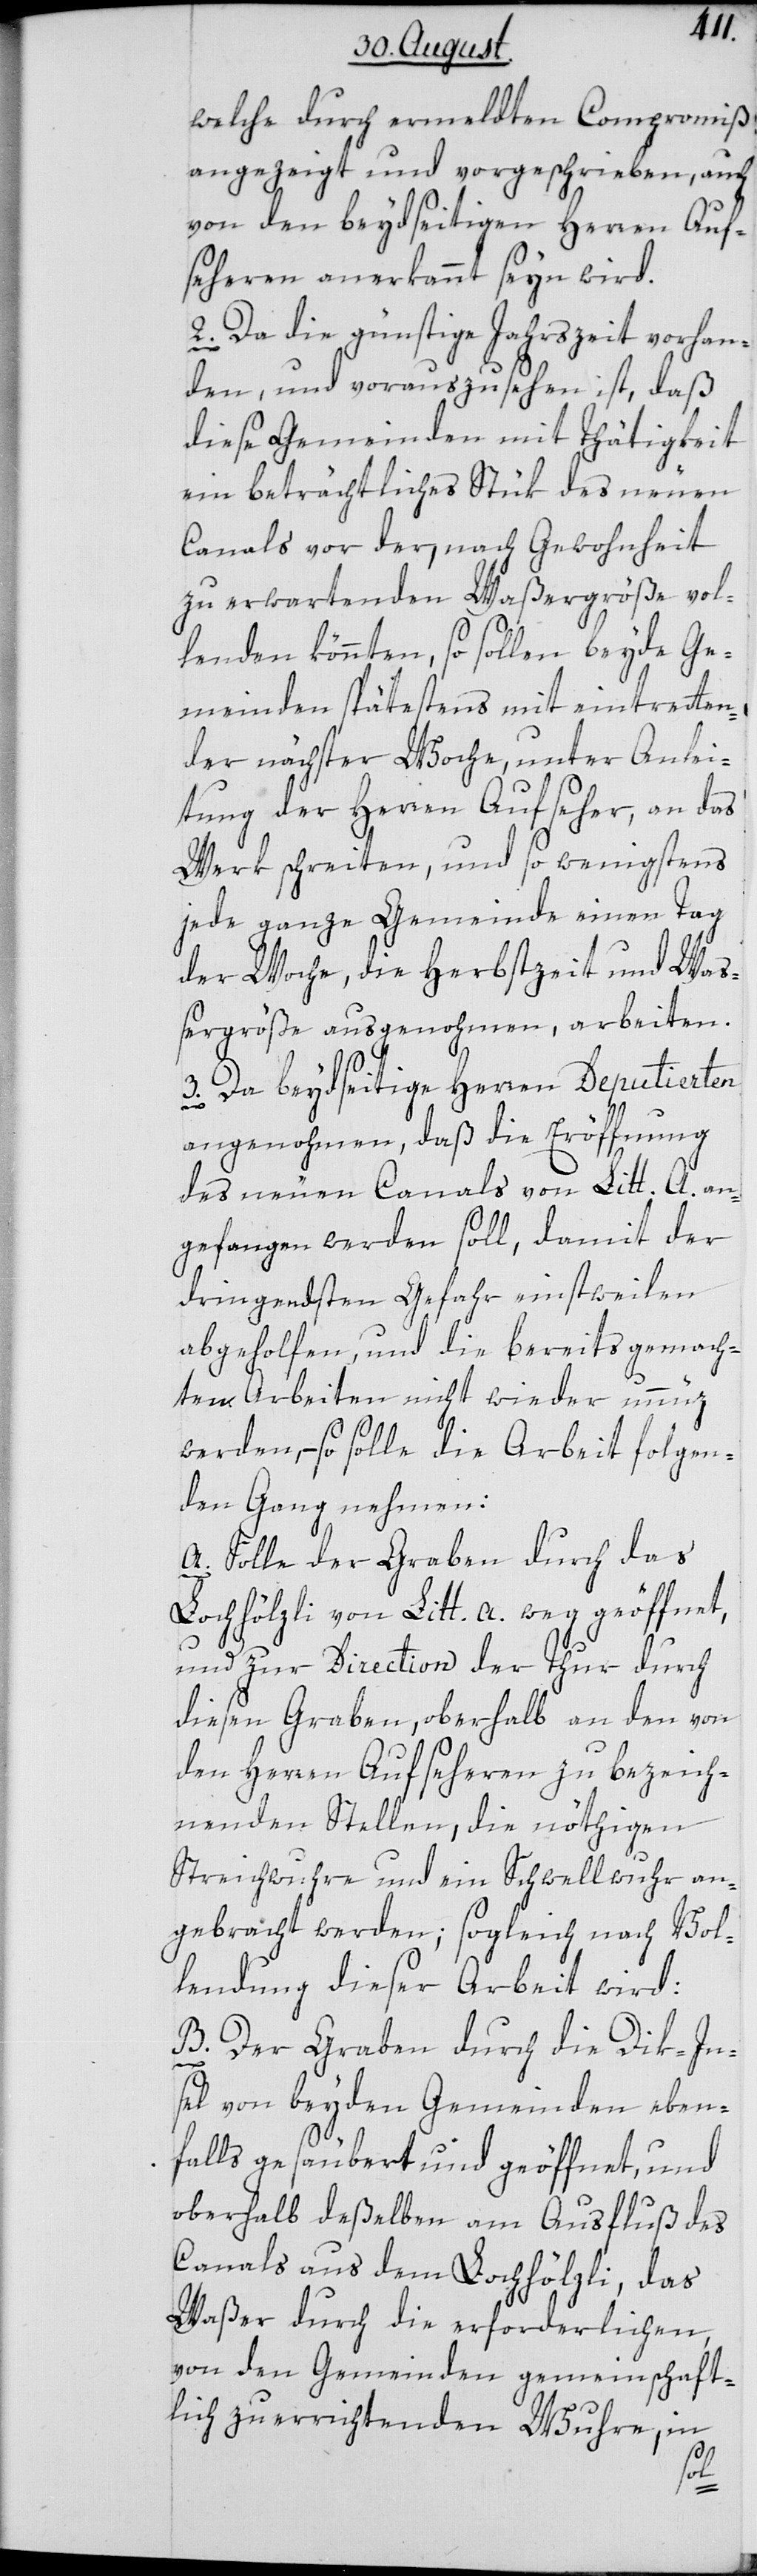
welche durch ermeldten Compromiß
angezeigt und vorgeschrieben, auch
von den beydseitigen Herren Auf¬
seheren anerkannt seyn wird.
2. Da die günstige Jahrszeit vorhan¬
den, und vorauszusehen ist, daß
diese Gemeinden mit Thätigkeit
ein beträchtliches Stück des neuen
Canals vor der, nach Gewohnheit
zu erwartenden Waßergröße vol¬
lenden könnten, so sollen beyde Ge¬
meinden spätestens mit eintretten¬
der nächster Woche, unter Anlei¬
tung der Herren Aufseher, an das
Werk schreiten, und so wenigstens
jede ganze Gemeinde einen Tag
der Woche, die Herbstzeit und Waß¬
ergröße ausgenohmen, arbeiten.
3. Da beydseitige Herren Deputierten
angenohmen, daß die Eröffnung
des neuen Canals von Litt. A. an¬
gefangen werden soll, damit der
dringendsten Gefahr einstweilen
abgeholfen, und die bereits gemach¬
ten Arbeiten nicht wieder unnüz
werden, – so solle die Arbeit folgen¬
den Gang nehmen:
A. Solle der Graben durch das
Lochhölzli von Litt. a. weg geöffnet,
und zur Direction der Thur durch
diesen Graben, oberhalb an den von
den Herren Aufseheren zu bezeich¬
nenden Stellen, die nöthigen
Streichwuhre und ein Schwellwuhr an¬
gebracht werden; sogleich nach Vol¬
lendung dieser Arbeit wird:
B. Der Graben durch die Dik-In¬
sel von beyden Gemeinden eben¬
falls gesäubert und geöffnet, und
oberhalb deßelben am Ausfluß des
Canals aus dem Lochhölzli, das
Waßer durch die erforderlichen,
von den Gemeinden gemeinschaft¬
lich zu errichtenden Wuhre, in